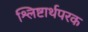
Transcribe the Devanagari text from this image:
श्लिष्टार्थपरक